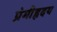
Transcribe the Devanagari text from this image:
प्रेमीहृदय